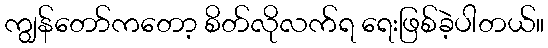
ကျွန်တော်ကတော့ စိတ်လိုလက်ရ ရေးဖြစ်ခဲ့ပါတယ်။